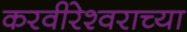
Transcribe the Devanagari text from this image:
करवीरेश्वराच्या